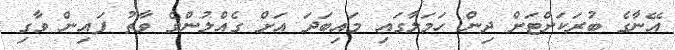
އޭނާގެ ބުރަކަށްޓަށް ދިން ހަމަލާގައި މައިބަދަ އަށް ގެއްލުންވެ ވާތު ފައިން ވާގި